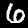
Label: 6